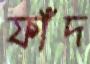
ফাঁদ